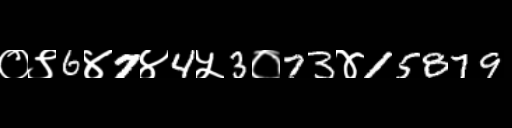
Text: ०९6४7४4५3०73४15879